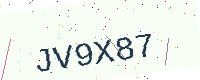
Text: JV9X87